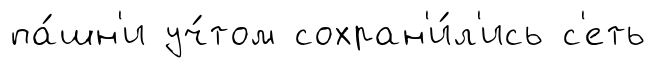
па́шн'и уч́том сохран'и́л'ись с'еть